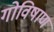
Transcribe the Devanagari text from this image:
गोविषाण